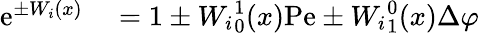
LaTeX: \begin{array}{rl}{\mathrm{e}^{\pm W_{i}(x)}}&{{}=1\pm{W_{i}}_{0}^{1}(x)\mathrm{Pe}\pm{W_{i}}_{1}^{0}(x)\Delta\varphi}\end{array}